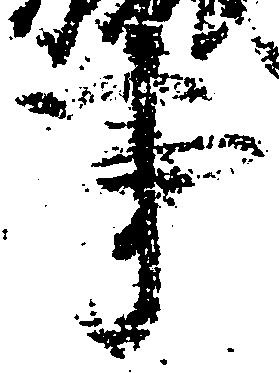
事